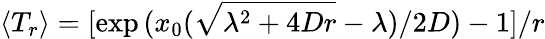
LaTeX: \langle T_{r}\rangle=[\exp{({x_{0}(\sqrt{\lambda^{2}+4Dr}-\lambda)/2D}})-1]/r